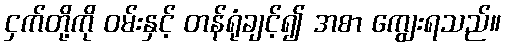
ငှက်တို့ကို ဝမ်းနှင့် တန်ရုံချင့်၍ အစာ ကျွေးရသည်။